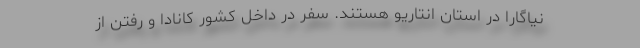
نیاگارا در استان انتاریو هستند. سفر در داخل کشور کانادا و رفتن از